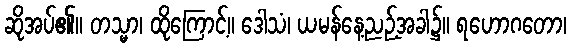
ဆိုအပ်၏။ တသ္မာ၊ ထိုကြောင့်။ ဒေါသံ၊ ယမန်နေ့ညဉ့်အခါ၌။ ရဟောဂတော၊